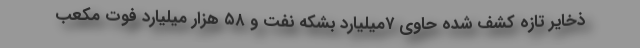
ذخایر تازه کشف شده حاوی ۷میلیارد بشکه نفت و ۵۸ هزار میلیارد فوت مکعب